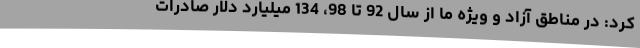
کرد: در مناطق آزاد و ویژه ما از سال 92 تا 98، 134 میلیارد دلار صادرات